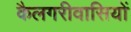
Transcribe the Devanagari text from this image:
कैलगरीवासियों